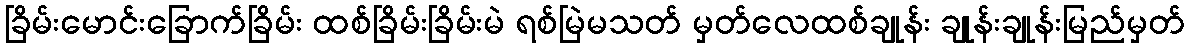
ခြိမ်းမောင်းခြောက်ခြိမ်း ထစ်ခြိမ်းခြိမ်းမဲ ရစ်မြဲမသတ် မှတ်လေထစ်ချုန်း ချုန်းချုန်းမြည်မှတ်